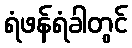
ရံဖန်ရံခါတွင်